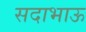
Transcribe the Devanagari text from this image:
सदाभाऊ